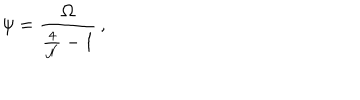
\displaystyle { \psi = \frac { \Omega } { \frac { 4 } { { \cal N } } - 1 } } \, ,